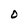
Character: O